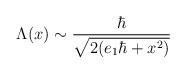
LaTeX: \begin{align*}\Lambda (x) \sim \frac{\hbar}{\sqrt{2(e_{1} \hbar + x^{2})}}\end{align*}